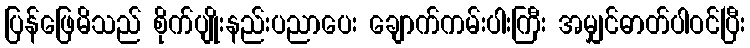
ပြန်ဖြေမိသည် စိုက်ပျိုးနည်းပညာပေး ချောက်ကမ်းပါးကြီး အမျှင်ဓာတ်ပါဝင်ပြီး